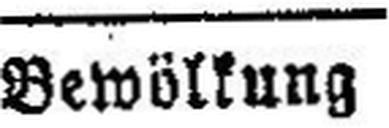
Bewölkung